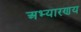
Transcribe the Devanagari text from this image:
अभ्यारणय